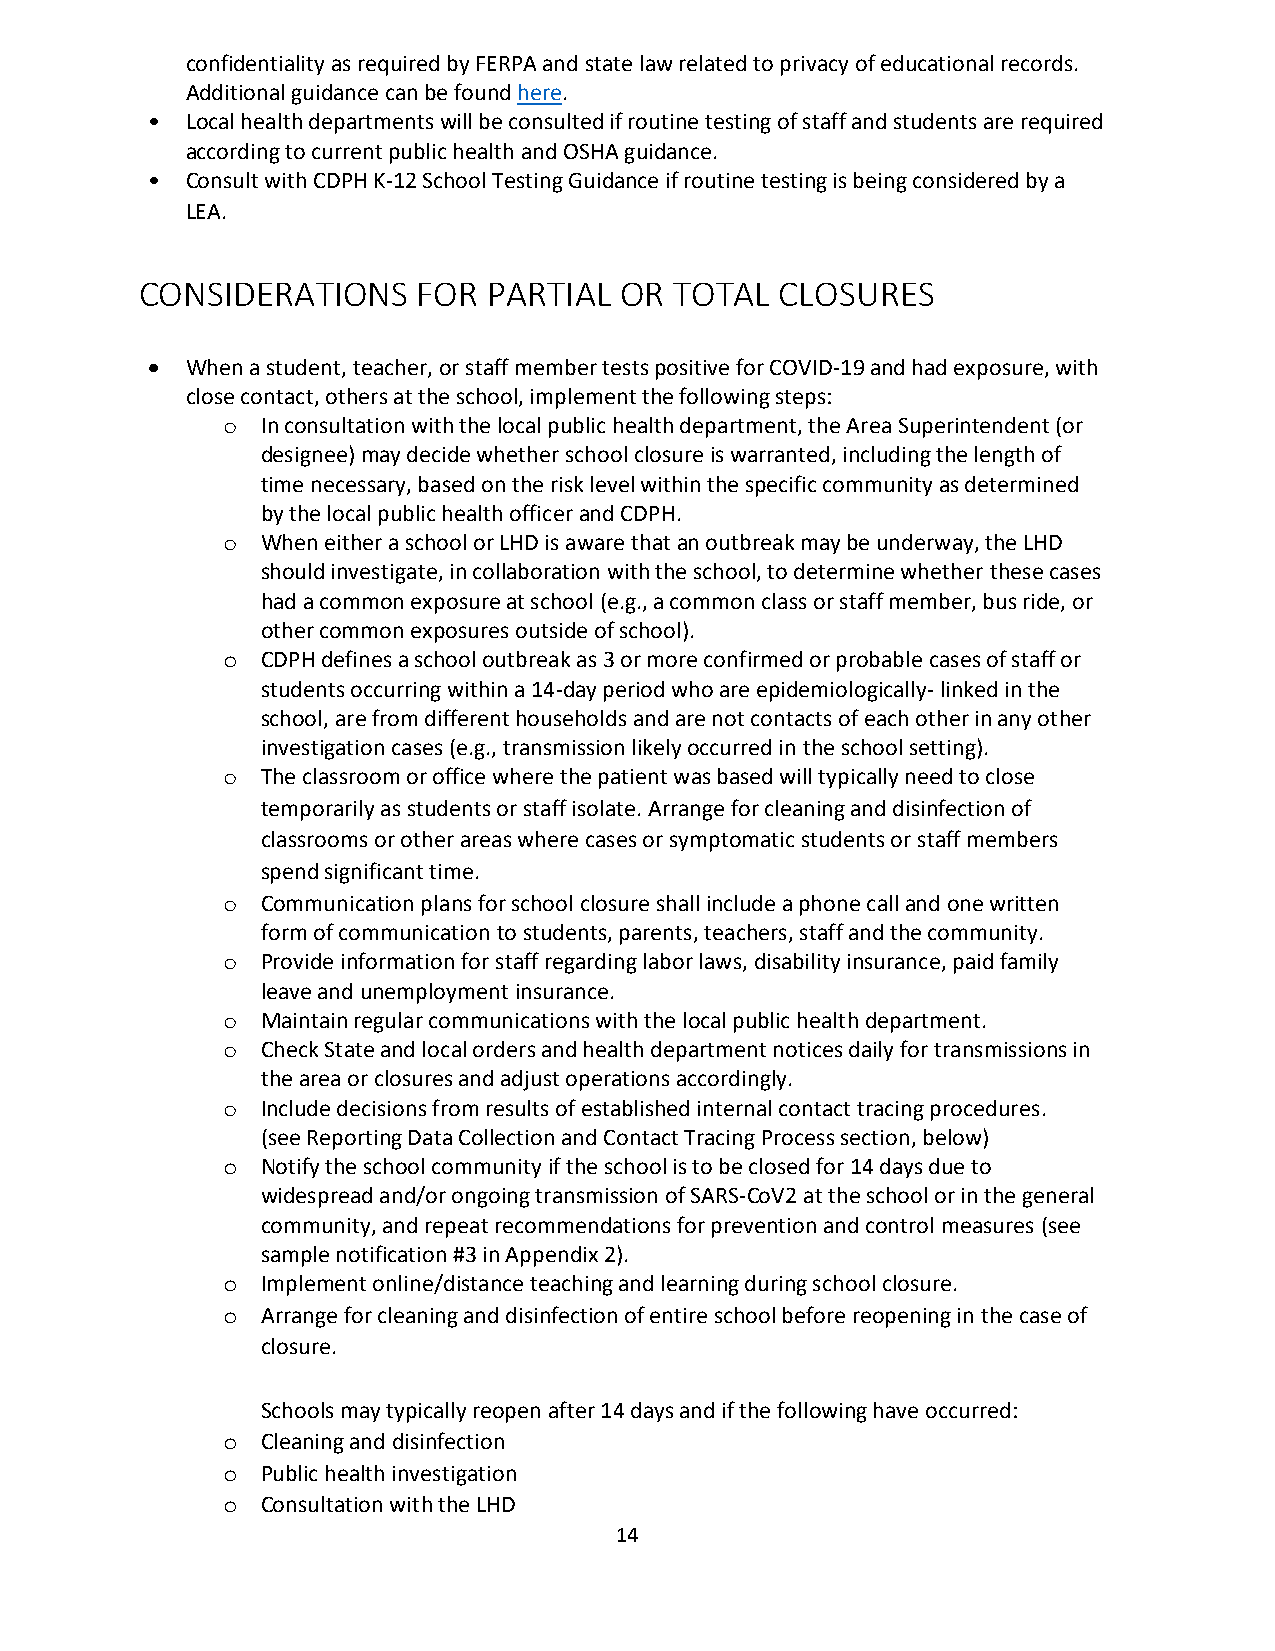
confidentiality as required by FERPA and state law related to privacy of educational records.
 Additional guidance can be found here.
 • Local health departments will be consulted if routine testing of staff and students are required
 according to current public health and OSHA guidance.
 • Consult with CDPH K-12 School Testing Guidance if routine testing is being considered by a
 LEA.
 CONSIDERATIONS     FOR PARTIAL  OR  TOTAL  CLOSURES
 
  When a student, teacher, or staff member tests positive for COVID-19 and had exposure, with
 close contact, others at the school, implement the following steps:
 o In consultation with the local public health department, the Area Superintendent (or
 designee) may decide whether school closure is warranted, including the length of
 time necessary, based on the risk level within the specific community as determined
 by the local public health officer and CDPH.
 o When either a school or LHD is aware that an outbreak may be underway, the LHD
 should investigate, in collaboration with the school, to determine whether these cases
 had a common exposure at school (e.g., a common class or staff member, bus ride, or
 other common exposures outside of school).
 o CDPH defines a school outbreak as 3 or more confirmed or probable cases of staff or
 students occurring within a 14-day period who are epidemiologically- linked in the
 school, are from different households and are not contacts of each other in any other
 investigation cases (e.g., transmission likely occurred in the school setting).
 o The classroom or office where the patient was based will typically need to close
 temporarily as students or staff isolate. Arrange for cleaning and disinfection of
 classrooms or other areas where cases or symptomatic students or staff members
 spend significant time.
 o Communication plans for school closure shall include a phone call and one written
 form of communication to students, parents, teachers, staff and the community.
 o Provide information for staff regarding labor laws, disability insurance, paid family
 leave and unemployment insurance.
 o Maintain regular communications with the local public health department.
 o Check State and local orders and health department notices daily for transmissions in
 the area or closures and adjust operations accordingly.
 o Include decisions from results of established internal contact tracing procedures.
 (see Reporting Data Collection and Contact Tracing Process section, below)
 o Notify the school community if the school is to be closed for 14 days due to
 widespread and/or ongoing transmission of SARS-CoV2 at the school or in the general
 community, and repeat recommendations for prevention and control measures (see
 sample notification #3 in Appendix 2).
 o Implement online/distance teaching and learning during school closure.
 o Arrange for cleaning and disinfection of entire school before reopening in the case of
 closure.
 Schools may typically reopen after 14 days and if the following have occurred:
 o Cleaning and disinfection
 o Public health investigation
 o Consultation with the LHD
 14